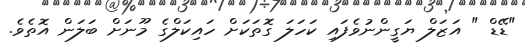
"ޑޭޑް " އަޒަލް ޔަގީންނުވެފައި ކަހަލަ ގޮތަކަށް ހައިކަލްގެ މޫނަށް ބަލަން އޮތެވެ.